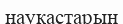
науқастарын